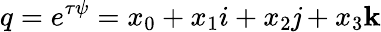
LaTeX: q=e^{\tau\psi}=x_{0}+x_{1}i+x_{2}\mathit{j}+x_{3}\mathbf{k}